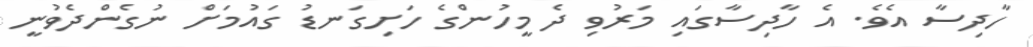
ހާދިސާ އެވެ. އެ ހާދިސާގައި މަރުވި ދެ މީހުންގެ ހަށިގަނޑު ގައުމަށް ނުގެންދެވުނީ